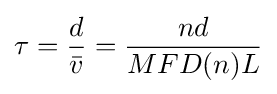
\tau ={\frac {d}{\bar {v}}}={\frac {nd}{MFD(n)L}}